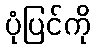
ပုံပြင်ကို